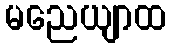
မညေယျာထ